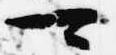
可